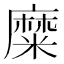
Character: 糜